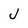
Character: J